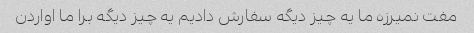
مفت نمیرزه ما یه چیز دیگه سفارش دادیم یه چیز دیگه برا ما اواردن